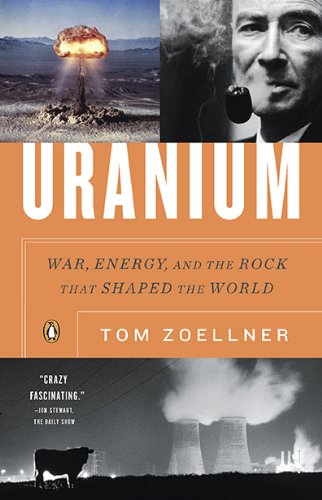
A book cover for Uranium: War, Energy, and the Rock That Shaped the World; Tom Zoellner; Science & Math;